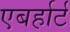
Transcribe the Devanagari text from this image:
एबर्हार्ट